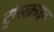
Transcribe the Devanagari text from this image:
ट्रांसक्राइव